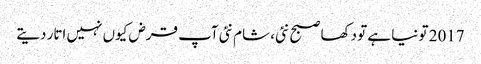
2017 تو نیا ہے تو دکھا صبح نئی، شام نئی	 آپ قرض کیوں نہیں اتار دیتے